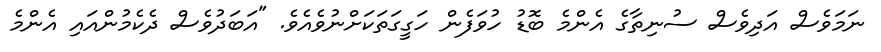
ނަމަވެސް އަދިވެސް ސުނިތާގެ އެންމެ ބޮޑު ހުވަފެން ހަގީގަތަކަށްނުވެއެވެ. "އަބަދުވެސް ދެކެމުންއައި އެންމެ